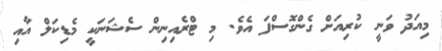
މިއަދު ވަނީ ކުރިއަށް ގެންގޮސްފަ އެވެ. މި ޓްރެއިނިން ސެޝަނަކީ މެޑިކަލް އާއި